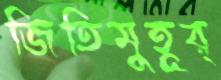
জিতিমুহূর্